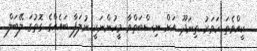
ކީއްވެތަ ހަވަރު ތިނަދޫ އަށް ނިސްބަތްވާ މީހުންނަކީ ނުލަފާ ބައެއްގެ ގޮތުގަ ލޭބަލް